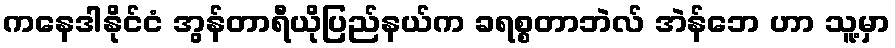
ကနေဒါနိုင်ငံ အွန်တာရီယိုပြည်နယ်က ခရစ္စတာဘဲလ် အဲန်ဘေ ဟာ သူ့မှာ